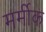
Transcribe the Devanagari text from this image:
मर्मीक